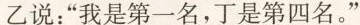
乙说：”我是第一名，丁是第四名。”